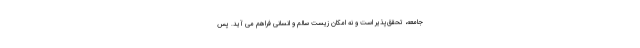
جامعه، تحقق‌پذیر است و نه امکان زیست سالم و انسانی فراهم می آید. پس